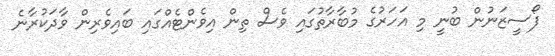
ފޯސީޒަނުން ބުނީ މި އަހަރުގެ މުބާރާތުގައި ވެސް ތިން އިވެންޓެއްގައި ބައިވެރިން ވާދަކުރާނެ